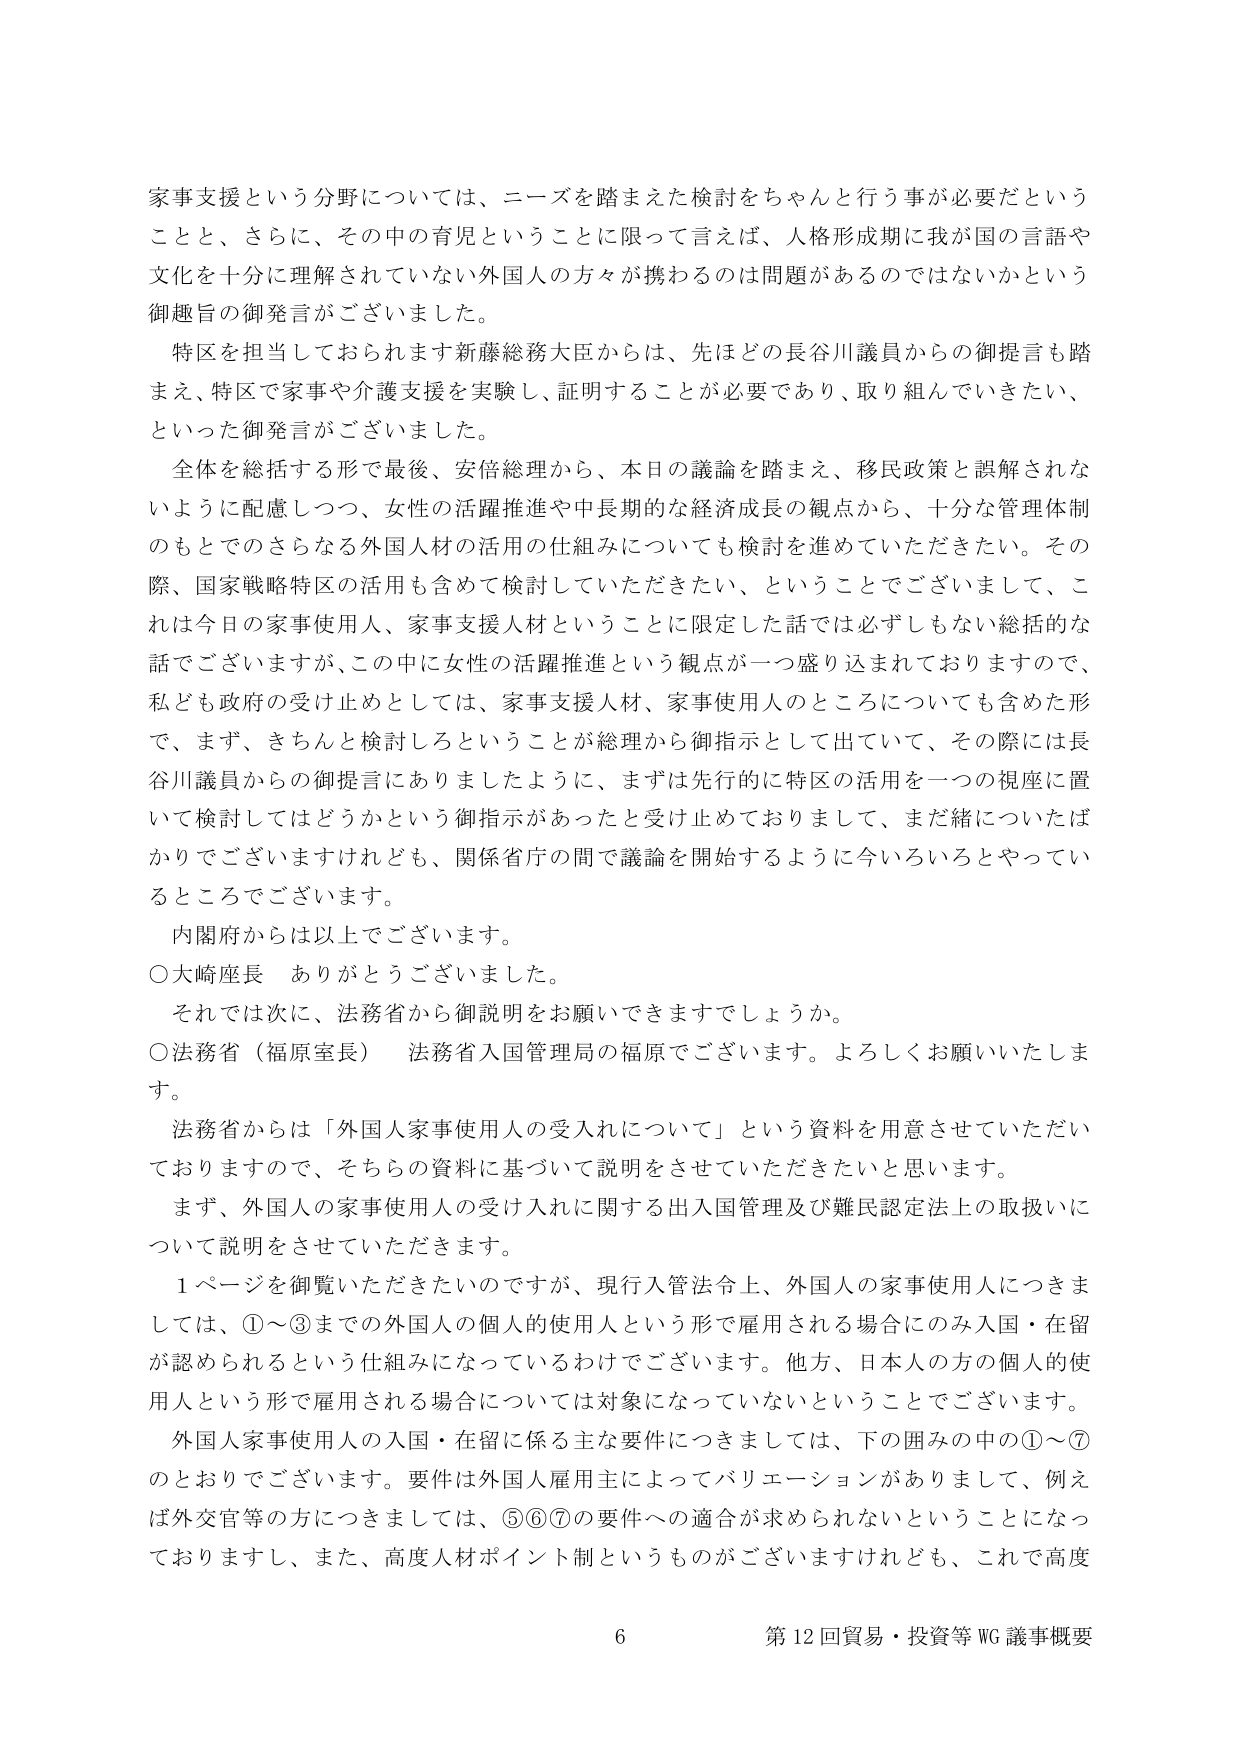
家事支援という分野については、ニーズを踏まえた検討をちゃん且行う事が必要だという
ことと、さらに、その中の育児ということに限って言えば、人格形成期に我が国の言語や
文化を十分に理解されていない外国人の方々が携わるのは問題があるのではないかという
御趣旨の御発言がございました。
特区を担当しておられます新藤総務大臣からは、先ほどの長谷川議員からの御提言も踏
まえ、特区で家事や介護支援を実験し、証明することが必要であり、取り組んでいきたい、
といった御発言がございました。
全体を総括する形で最後、安倍総理から、本日の議論を踏まえ、移民政策と誤解されな
いように配慮しつつ、女性の活躍推進や中長期的な経済成長の観点から、十分な管理体制
のもとでのさらなる外国人材の活用の仕組みについても検討を進めていただきたい。その
際、国家戦略特区の活用も含めて検討していただきたい、ということでございまして、こ
れは今日の家事使用人、家事支援人材ということに限定した話では必ずしもない総括的な
話でございますが、この中に女性の活躍推進という観点が一つ盛り込まれておりますので、
私ども政府の受け止めとしては、家事支援人材、家事使用人のところについても含めた形
で、まず、きちんと検討しろということが総理から御指示として出ていて、その際には長
谷川議員からの御提言にありましたように、まずは先行的に特区の活用を一つの視座に置
いて検討してはどうかという御指示があったと受け止めておりまして、まだ緒についたば
かりでございますけれども、関係省庁の間で議論を開始するように今いろいろとやってい
るところでございます。
内閣府からは以上でございます。
○大崎座長　ありがとうございました。
それでは次に、法務省から御説明をお願いできますでしょうか。
○法務省（福原室長）　法務省入国管理局の福原でございます。よろしくお願いいたしま
す。
法務省からは「外国人家事使用人の受入れについて」という資料を用意させていただい
ておりますので、そちらの資料に基づいて説明をさせていただきたいと思います。
まず、外国人の家事使用人の受け入れに関する出入国管理及び難民認定法上の取扱いに
ついて説明をさせていただきます。
１ページを御覧いただきたいのですが、現行入管法令上、外国人の家事使用人につきま
しては、①～③までの外国人の個人的使用人という形で雇用される場合にのみ入国・在留
が認められるという仕組みになっているわけでございます。他方、日本人の方の個人的使
用人という形で雇用される場合については対象になっていないということでございます。
外国人家事使用人の入国・在留に係る主な要件につきましては、下の囲みの中の①～⑦
のとおりでございます。要件は外国人雇用主によってバリエーションがありまして、例え
ば外交官等の方につきましては、⑤⑥⑦の要件への適合が求められないということになっ
ておりますし、また、高度人材ポイント制というものがございますけれども、これで高度

6 第12回貿易・投資等WG議事概要